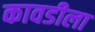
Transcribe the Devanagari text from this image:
कावडीला